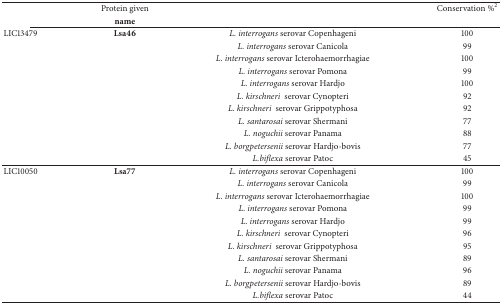
<table><thead><tr><td>[EMPTY_CELL]</td><td><b>Protein given</b></td><td>[EMPTY_CELL]</td><td><b>Conservation %<sup>2</sup></b></td></tr><tr><td>[EMPTY_CELL]</td><td><b>name</b></td><td>[EMPTY_CELL]</td><td>[EMPTY_CELL]</td></tr></thead><tbody><tr><td>LIC13479</td><td><b>Lsa46</b></td><td><i>L. interrogans </i>serovar Copenhageni</td><td>100</td></tr><tr><td>[EMPTY_CELL]</td><td>[EMPTY_CELL]</td><td><i>L. interrogans </i>serovar Canicola</td><td>99</td></tr><tr><td>[EMPTY_CELL]</td><td>[EMPTY_CELL]</td><td><i>L. interrogans </i>serovar Icterohaemorrhagiae</td><td>100</td></tr><tr><td>[EMPTY_CELL]</td><td>[EMPTY_CELL]</td><td><i>L. interrogans </i>serovar Pomona</td><td>99</td></tr><tr><td>[EMPTY_CELL]</td><td>[EMPTY_CELL]</td><td><i>L. interrogans </i>serovar Hardjo</td><td>100</td></tr><tr><td>[EMPTY_CELL]</td><td>[EMPTY_CELL]</td><td><i>L. kirschneri </i> serovar Cynopteri</td><td>92</td></tr><tr><td>[EMPTY_CELL]</td><td>[EMPTY_CELL]</td><td><i>L. kirschneri </i> serovar Grippotyphosa</td><td>92</td></tr><tr><td>[EMPTY_CELL]</td><td>[EMPTY_CELL]</td><td><i>L. santarosai</i> serovar Shermani</td><td>77</td></tr><tr><td>[EMPTY_CELL]</td><td>[EMPTY_CELL]</td><td><i>L. noguchii</i> serovar Panama</td><td>88</td></tr><tr><td>[EMPTY_CELL]</td><td>[EMPTY_CELL]</td><td><i>L. borgpetersenii</i> serovar Hardjo-bovis</td><td>77</td></tr><tr><td>[EMPTY_CELL]</td><td>[EMPTY_CELL]</td><td><i>L.biflexa </i>serovar Patoc</td><td>45</td></tr><tr><td>LIC10050</td><td><b>Lsa77</b></td><td><i>L. interrogans </i>serovar Copenhageni</td><td>100</td></tr><tr><td>[EMPTY_CELL]</td><td>[EMPTY_CELL]</td><td><i>L. interrogans </i>serovar Canicola</td><td>99</td></tr><tr><td>[EMPTY_CELL]</td><td>[EMPTY_CELL]</td><td><i>L. interrogans </i>serovar Icterohaemorrhagiae</td><td>100</td></tr><tr><td>[EMPTY_CELL]</td><td>[EMPTY_CELL]</td><td><i>L. interrogans </i>serovar Pomona</td><td>99</td></tr><tr><td>[EMPTY_CELL]</td><td>[EMPTY_CELL]</td><td><i>L. interrogans </i>serovar Hardjo</td><td>99</td></tr><tr><td>[EMPTY_CELL]</td><td>[EMPTY_CELL]</td><td><i>L. kirschneri </i> serovar Cynopteri</td><td>96</td></tr><tr><td>[EMPTY_CELL]</td><td>[EMPTY_CELL]</td><td><i>L. kirschneri </i> serovar Grippotyphosa</td><td>95</td></tr><tr><td>[EMPTY_CELL]</td><td>[EMPTY_CELL]</td><td><i>L. santarosai</i> serovar Shermani</td><td>89</td></tr><tr><td>[EMPTY_CELL]</td><td>[EMPTY_CELL]</td><td><i>L. noguchii</i> serovar Panama</td><td>96</td></tr><tr><td>[EMPTY_CELL]</td><td>[EMPTY_CELL]</td><td><i>L. borgpetersenii</i> serovar Hardjo-bovis</td><td>89</td></tr><tr><td>[EMPTY_CELL]</td><td>[EMPTY_CELL]</td><td><i>L.biflexa </i>serovar Patoc</td><td>44</td></tr></tbody></table>